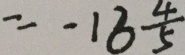
= - 1 6 \frac { 4 } { 5 }